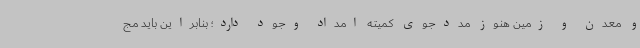
و معدن و زمین هنوز مددجوی کمیته امداد وجود دارد؛ بنابراین باید مج